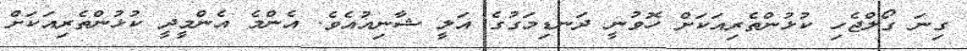
ގިނަ ގޯލްޖެހި ކުޅުންތެރިއަކަށް ހޮވުނީ ދަނޑިމަގުގެ އަލީ ޝާނިއުއެވެ. އެންމެ އެންމީދީ ކުޅުންތެރިއަކަށް